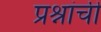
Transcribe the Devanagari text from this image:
प्रश्नांचीं